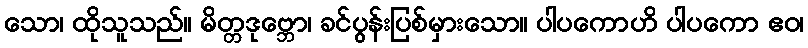
သော၊ ထိုသူသည်။ မိတ္တဒုဗ္ဘော၊ ခင်ပွန်းပြစ်မှားသော။ ပါပကောဟိ ပါပကော ဧဝ၊